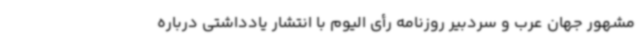
مشهور جهان عرب و سردبیر روزنامه رأی الیوم با انتشار یادداشتی درباره